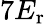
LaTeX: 7E_{\mathrm{{r}}}